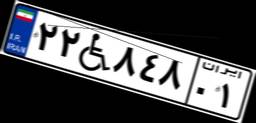
۵۲W۷۸۶۴۷